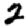
Digit: 2